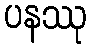
ပနဿု